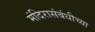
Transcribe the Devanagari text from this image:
मंदिरासंबंधीच्या